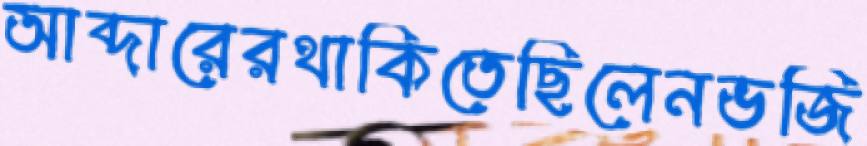
আব্দারেরথাকিতেছিলেনভজি